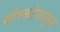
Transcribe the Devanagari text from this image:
मोस्कोपासून